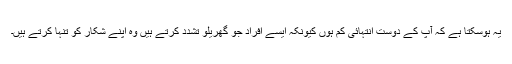
یہ ہوسکتا ہے کہ آپ کے دوست انتہائی کم ہوں کیونکہ ایسے افراد جو گھریلو تشدد کرتے ہیں وہ اپنے شکار کو تنہا کرتے ہیں۔